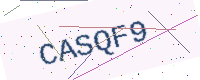
Text: CASQF9